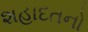
શહાદતનો